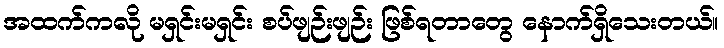
အထက်ကလို မရှင်းမရှင်း စပ်ဖျဉ်းဖျဉ်း ဖြစ်ရတာတွေ နောက်ရှိသေးတယ်။